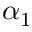
\alpha _ { 1 }